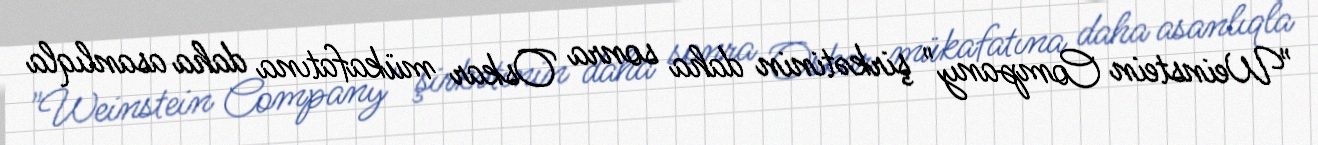
"Weinstein Company" şirkətinin daha sonra Oskar mükafatına daha asanlıqla